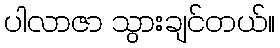
ပါလာဇာ သွားချင်တယ်။